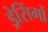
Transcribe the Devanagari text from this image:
ड्रेसिंगों